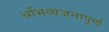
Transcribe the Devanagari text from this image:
अभिव्यंजनापूर्ण